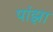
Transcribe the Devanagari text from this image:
पांझा